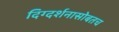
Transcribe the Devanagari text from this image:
दिग्दर्शनासोबतच